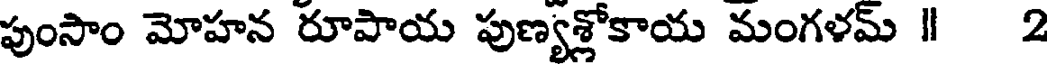
పుంసాం మోహన రూపాయ పుణ్యశ్లోకాయ మంగళమ్ ॥ 2